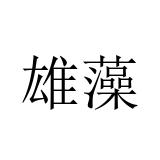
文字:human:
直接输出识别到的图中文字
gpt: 雄藻